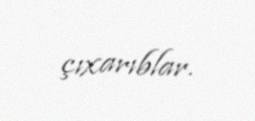
çıxarıblar.